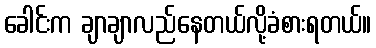
ခေါင်းက ချာချာလည်နေတယ်လို့ခံစားရတယ်။